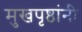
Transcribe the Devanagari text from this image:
मुखपृष्ठांनी